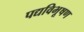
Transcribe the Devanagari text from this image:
पद्यविभूषण